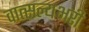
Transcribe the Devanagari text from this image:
वात्सल्यभरी